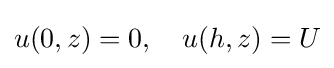
u(0,z)=0,\quad u(h,z)=U